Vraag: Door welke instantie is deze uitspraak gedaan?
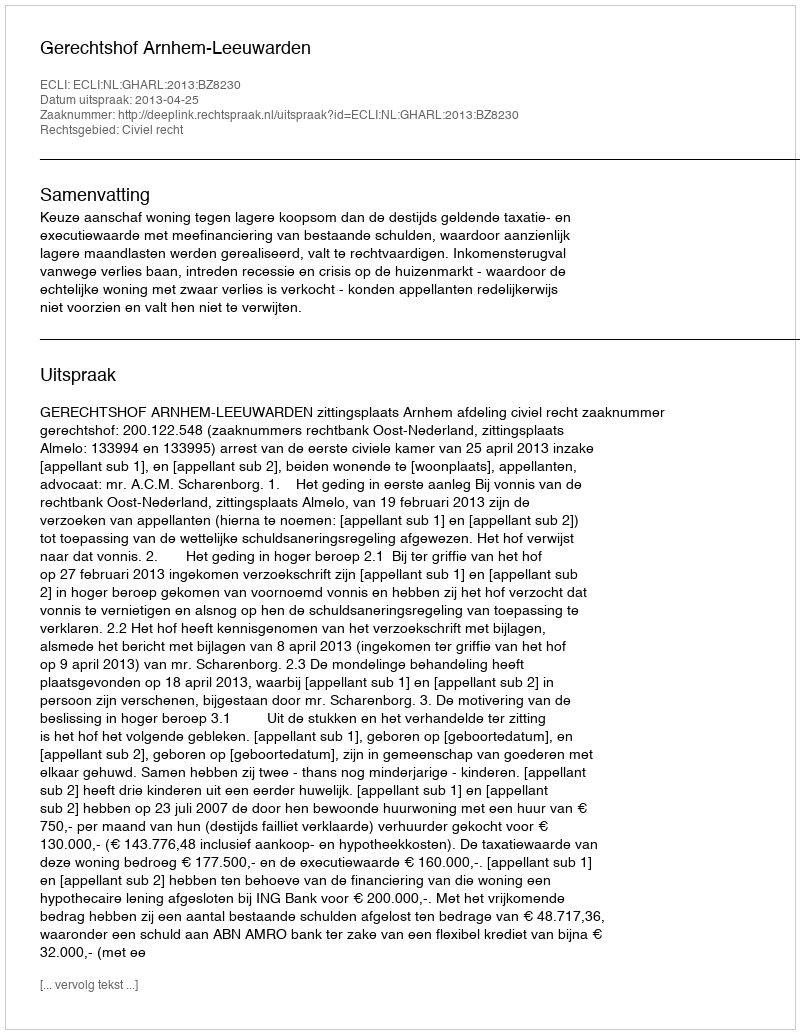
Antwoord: Gerechtshof Arnhem-Leeuwarden